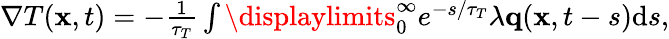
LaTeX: \begin{array}{r}{\nabla T(\mathbf x,t)=-\frac{1}{\tau_{T}}\int\displaylimits_{0}^{\infty}e^{-s/\tau_{T}}\lambda\mathbf q(\mathbf x,t-s)\textrm{d}s,}\end{array}